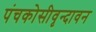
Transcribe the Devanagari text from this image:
पंचकोसीवृन्दावन